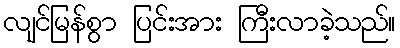
လျင်မြန်စွာ ပြင်းအား ကြီးလာခဲ့သည်။